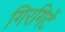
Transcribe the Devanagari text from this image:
गिरगिटें